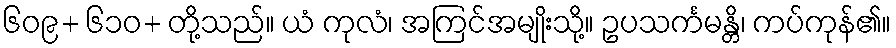
၆၀၉+ ၆၁၀+ တို့သည်။ ယံ ကုလံ၊ အကြင်အမျိုးသို့။ ဥပသင်္ကမန္တိ၊ ကပ်ကုန်၏။